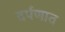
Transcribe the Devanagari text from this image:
दर्पणात